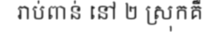
រាប់ពាន់ នៅ ២ ស្រុកគឺ